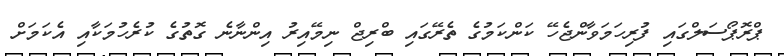
ޕްރޮޕޯސަލްގައި ފުރިހަމަވާންޖެހޭ ކަންކަމުގެ ތެރޭގައި ބްރިޖް ނިމޭއިރު އިންނާނެ ގޮތުގެ ކުރެހުމަކާއި އެކަމަށް